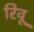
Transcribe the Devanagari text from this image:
रिवू